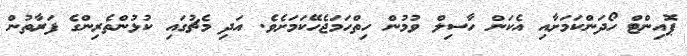
ޕޮއިންޓް ހޯދަންކަމަށާއި އެކަން ހާސިލް ވުމުން ހިތްހަމަޖެހޭކަމަށެވެ. އަދި މެޗުގައި ކުޅުންތެރިންގެ ފަރާތުން